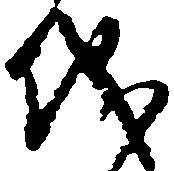
儀